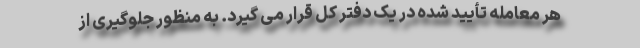
هر معامله تأیید شده در یک دفتر کل قرار می گیرد. به منظور جلوگیری از